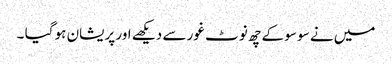
میں نے سو سو کے چھ نوٹ غور سے دیکھے اور پریشان ہو گیا ۔